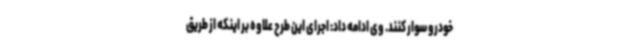
خودرو سوار کنند. وی ادامه داد: اجرای این طرح علاوه بر اینکه از طریق